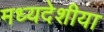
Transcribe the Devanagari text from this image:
मध्यदेशीया